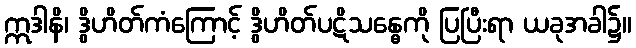
ဣဒါနိ၊ ဒွိဟိတ်ကံကြောင့် ဒွိဟိတ်ပဋိသန္ဓေကို ပြပြီးရာ ယခုအခါ၌။